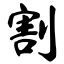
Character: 割